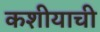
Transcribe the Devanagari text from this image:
कशीयाची